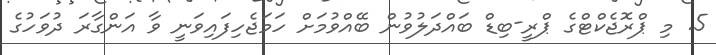
5. މި ޕްރޮޖެކްޓްގެ ޕްރީ-ބިޑް ބައްދަލުވުން ބޭއްވުމަށް ހަމަޖެހިފައިވަނީ ވާ އަންގާރަ ދުވަހުގެ